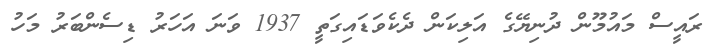
ރައީސް މައުމޫން ދުނިޔޭގެ އަލިކަން ދެކެވަޑައިގަތީ 1937 ވަނަ އަހަރު ޑިސެންބަރު މަހު